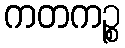
ကတကဉ္စ